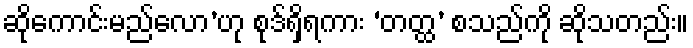
ဆိုကောင်းမည်လော’ဟု စုဒ်ရှိရကား ‘တတ္ထ’ စသည်ကို ဆိုသတည်း။